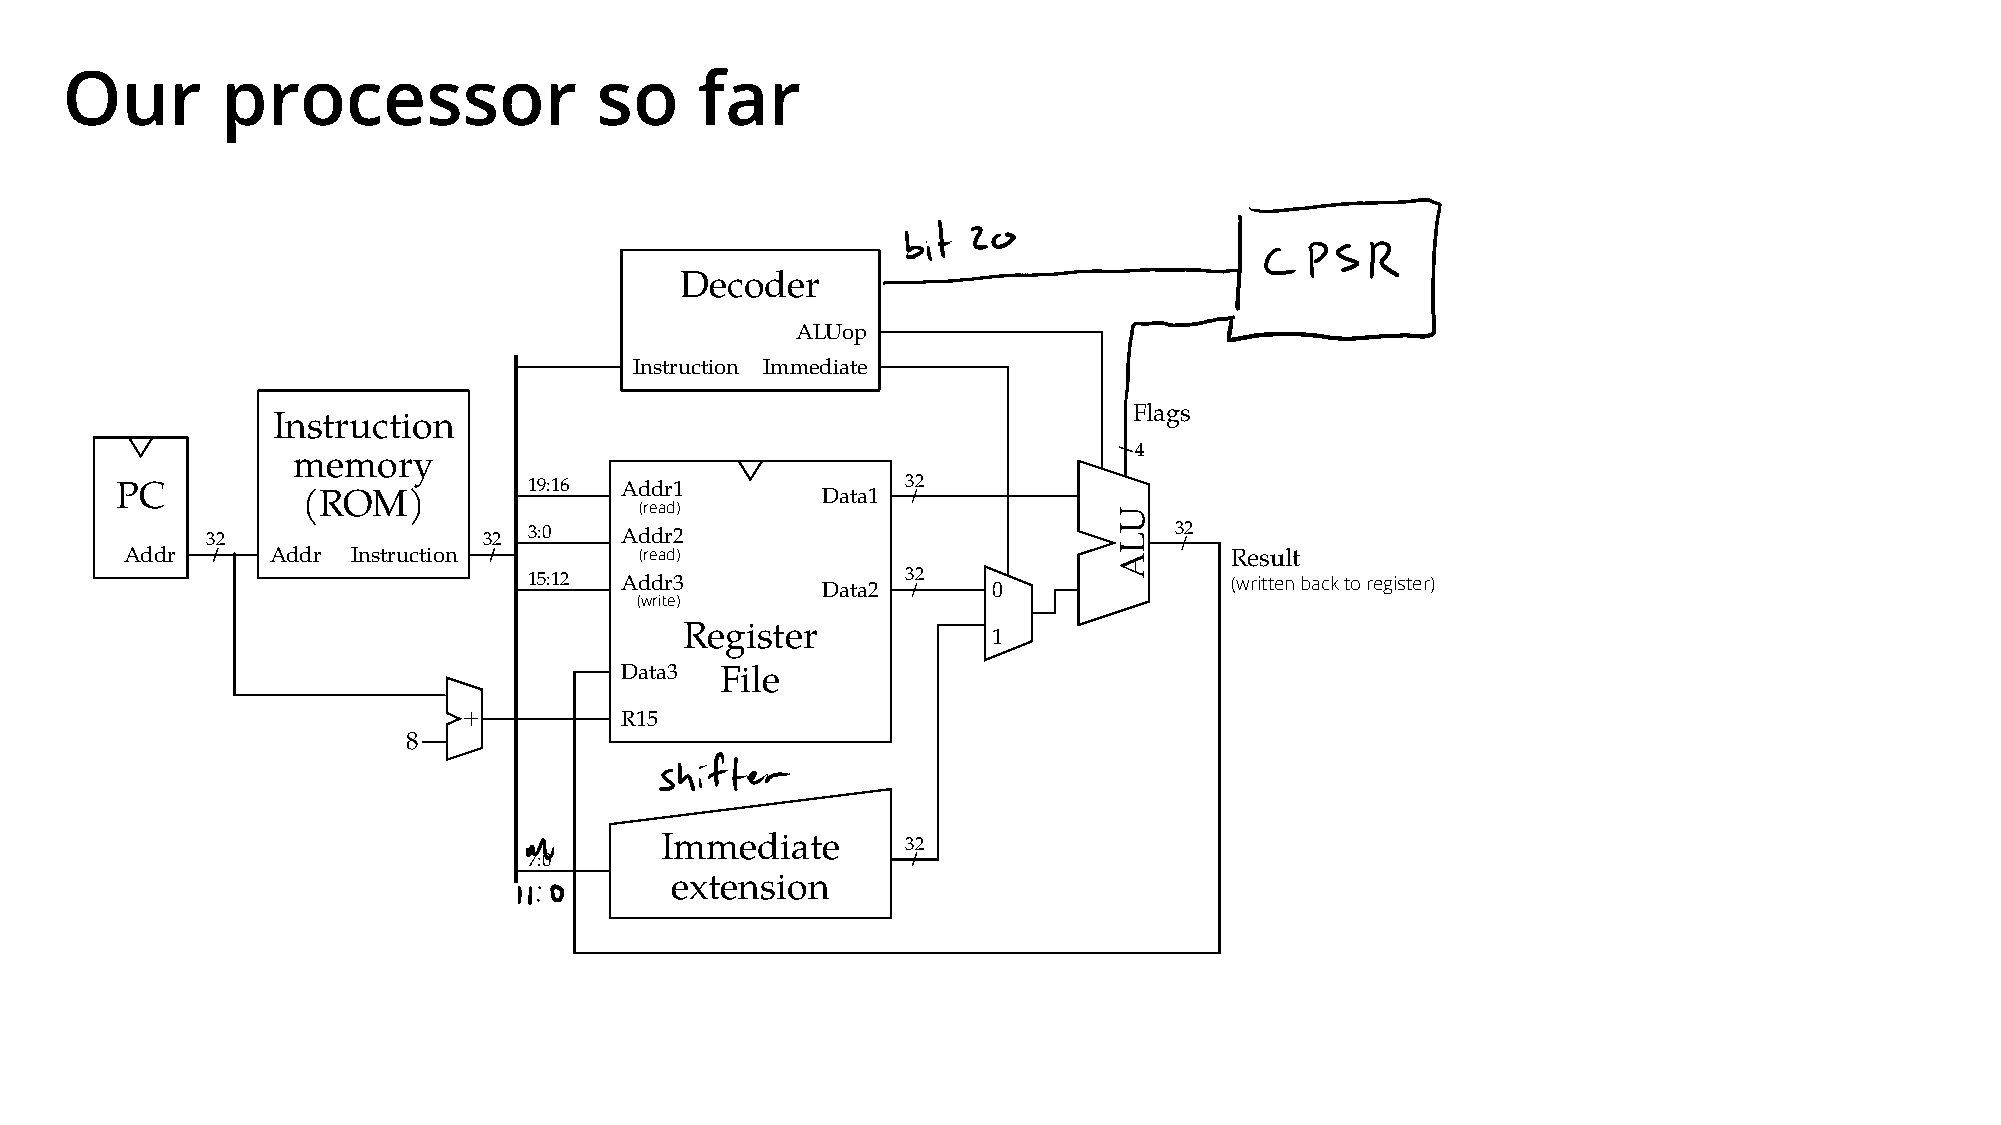
Our        processor               so     far
 Decoder
 ALUop
 Instruction Immediate
 Flags
 Instruction
 4
 memory
 PC          (ROM)          19:16 Addr1        Data1 32
 (read)
 32                32 3:0   Addr2                                32
 Addr      Addr Instruction        (read)                                 Result
 15:12 Addr3              32                   (written back to register)
 Data2       0
 (write)
 Register             1
 Data3  File
 R15
 8
 Immediate       32
 7:0
 extension
 ULA